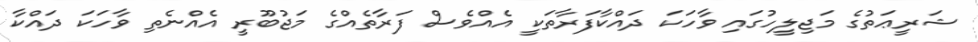
ޝަރީޢަތުގެ މަޖިލީހުގައި ވާހަކަ ދައްކާފަރާތަކީ އެއްވެސް ފަރާތެއްގެ މަޖުބޫރީ އެއްނެތި ވާހަކަ ދައްކާ